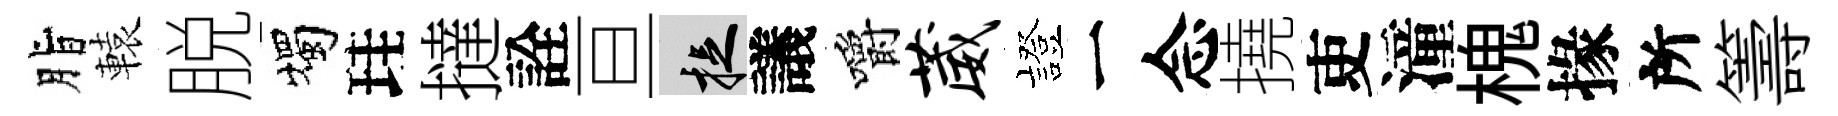
脂轅脱燭珪撻詮亘捉議嚼葳發一念撓吏潼槐掾所籌